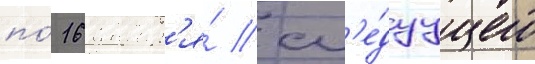
по́ 16 январ'я́ сл'е́дуущего